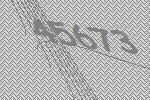
45673